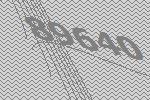
89640